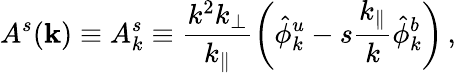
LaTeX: A^{s}({\mathbf k})\equiv A_{k}^{s}\equiv\frac{k^{2}k_{\perp}}{k_{\parallel}}\left(\hat{\phi}_{k}^{u}-s\frac{k_{\parallel}}{k}\hat{\phi}_{k}^{b}\right)\, ,